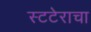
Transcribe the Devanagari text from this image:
स्टटेराचा